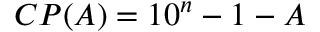
C P ( A ) = 1 0 ^ { n } - 1 - A